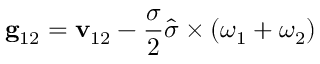
\mathbf { g } _ { 1 2 } = \mathbf { v } _ { 1 2 } - \frac { \sigma } { 2 } \widehat { \boldsymbol { \sigma } } \times ( \boldsymbol { \omega } _ { 1 } + \boldsymbol { \omega } _ { 2 } )